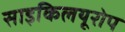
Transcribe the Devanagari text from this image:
साइकिलयूरोप